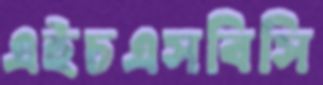
এইচএসবিসি